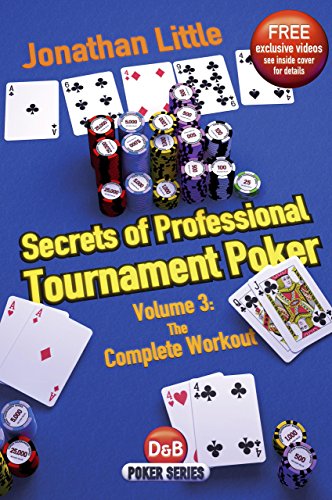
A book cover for Secrets of Professional Tournament Poker: The Complete Workout (D&B Poker) (Volume 3); Jonathan Little; Humor & Entertainment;